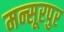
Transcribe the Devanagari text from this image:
मन्सूरपुर